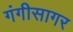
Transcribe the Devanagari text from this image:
गंगीसागर